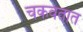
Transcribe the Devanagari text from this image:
चकवतात